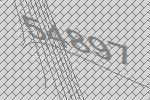
54897